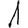
Digit: 1